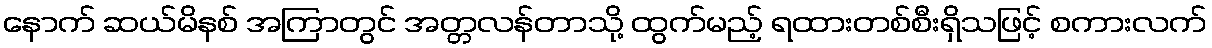
နောက် ဆယ်မိနစ် အကြာတွင် အတ္တလန်တာသို့ ထွက်မည့် ရထားတစ်စီးရှိသဖြင့် စကားလက်